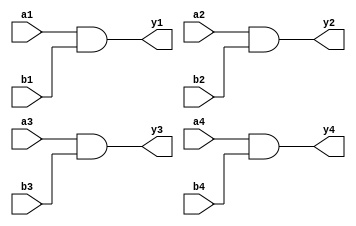
//TTL index
// 08
// 10
// 42
// 74
// 107
// 138
// 139
// 157
// 161
// 163
// 166
// 174
// 175
// 251
// 259
// 273
// 283
// 365
// 366
// 367
// 374

//74LS08 Chip pinout:
/*     _____________
     _|             |_
a1  |_|1          14|_| VCC
     _|             |_                     
b1  |_|2          13|_| a4
     _|             |_
y1  |_|3          12|_| b4
     _|             |_
a2  |_|4          11|_| y4
     _|             |_
b2  |_|5          10|_| a3
     _|             |_
y2  |_|6           9|_| b3
     _|             |_
GND |_|7           8|_| y3
      |_____________|
*/

module ls08
(
	input  a1, a2, a3, a4,
	input  b1, b2, b3, b4,
	output y1, y2, y3, y4
);

assign y1 = a1 & b1;
assign y2 = a2 & b2;
assign y3 = a3 & b3;
assign y4 = a4 & b4;
	
endmodule

//74LS10 Chip pinout:
/*     _____________
     _|             |_
a1  |_|1          14|_| VCC
     _|             |_                     
b1  |_|2          13|_| c1
     _|             |_
a2  |_|3          12|_| y1
     _|             |_
b2  |_|4          11|_| a3
     _|             |_
c2  |_|5          10|_| b3
     _|             |_
y2  |_|6           9|_| c3
     _|             |_
GND |_|7           8|_| y3
      |_____________|
*/

module ls10
(
	input  a1, a2, a3,
	input  b1, b2, b3,
    input  c1, c2, c3,
	output y1, y2, y3
);

  assign y1 = ~(a1 & b1 & c1);
  assign y2 = ~(a2 & b2 & c2);
  assign y3 = ~(a3 & b3 & c3);
	
endmodule

//74LS42 Chip pinout:
/*     _____________
     _|             |_
0   |_|1          16|_| VCC
     _|             |_                     
1   |_|2          15|_| A  input
     _|             |_
2   |_|3          14|_| B  input
     _|             |_
3   |_|4          13|_| C  input
     _|             |_
4   |_|5          12|_| D  input
     _|             |_
5   |_|6          11|_| 9
     _|             |_
6   |_|7          10|_| 8
     _|             |_	 
GND |_|8           9|_| 7
      |_____________|
*/

module ls42
(
    input  [3:0] in,
  output reg [9:0] out
);
  // in = [DCBA]
  // out = [9876543210]
  
  always @ (*)
    case (in)
    	4'b0000: out = 10'b1111111110;
        4'b0001: out = 10'b1111111101;
        4'b0010: out = 10'b1111111011;
        4'b0011: out = 10'b1111110111;
        4'b0100: out = 10'b1111101111;
		4'b0101: out = 10'b1111011111;
        4'b0110: out = 10'b1110111111;
        4'b0111: out = 10'b1101111111;
        4'b1000: out = 10'b1011111111;
        4'b1001: out = 10'b0111111111;
        4'b1010: out = 10'b1111111111;
        4'b1011: out = 10'b1111111111;
        4'b1100: out = 10'b1111111111;
        4'b1101: out = 10'b1111111111;
        4'b1110: out = 10'b1111111111;
        4'b1111: out = 10'b1111111111;      
        default: out = 10'b1111111111;
    endcase
		
endmodule

//74LS74 Chip pinout:
/*        _____________
        _|             |_
n_clr1 |_|1          14|_| VCC
        _|             |_                     
d1     |_|2          13|_| n_clr2
        _|             |_
clk1   |_|3          12|_| d2
        _|             |_
n_pre1 |_|4          11|_| clk2
        _|             |_
q1     |_|5          10|_| n_pre2
        _|             |_
n_q1   |_|6           9|_| q2
        _|             |_
GND    |_|7           8|_| n_q2
         |_____________|
*/

module ls74
(
	input  pre_n,
	input  clr_n,
	input  clk,
	input  d,
	output reg q,
    output q_n
);

always @(posedge clk or negedge pre_n or negedge clr_n) begin
	if(!pre_n)
		q <= 1;
	else if(!clr_n)
		q <= 0;
	else
		q <= d;
end
assign q_n = ~q;

endmodule

module ls74_2
(
	input  pre_n,
	input  clr_n,
	input  clk,
	input  clk_en,
	input  d,
	output reg q,
    output q_n
);

always @(posedge clk or negedge pre_n or negedge clr_n) begin
	if(!pre_n)
		q <= 1;
	else if(!clr_n)
		q <= 0;
	else if(clk_en)
		q <= d;
end
assign q_n = ~q;

endmodule

//74LS107 Chip pinout:
/*     _____________
     _|             |_
1J  |_|1          14|_| VCC
     _|             |_                     
1nQ |_|2          13|_| 1nCLR
     _|             |_
1Q  |_|3          12|_| 1CK
     _|             |_
1K  |_|4          11|_| 2K
     _|             |_
2Q  |_|5          10|_| 2nCLR
     _|             |_
2nQ |_|6           9|_| 2CK
     _|             |_
GND |_|7           8|_| 2J
      |_____________|
*/

module ls107(
   input clr_n, 
   input clk, 
   input j, 
   input k, 
   output reg q, 
   output q_n
);

assign q_n=~q;
  always @(negedge clk or negedge clr_n) begin
	if (!clr_n) q<=1'b0; else
		case ({j, k})
		2'b00: q<=q;
		2'b01: q<=1'b0;
		2'b10: q<=1'b1;
		2'b11: q<=~q;
		endcase
  end
endmodule

//74LS138 Chip pinout
/*      _____________
      _|             |_
A    |_|1          16|_| VCC
      _|             |_                     
B    |_|2          15|_| Y0
      _|             |_
C    |_|3          14|_| Y1
      _|             |_
G_n2A|_|4          13|_| Y2
      _|             |_
G_n2B|_|5          12|_| Y3
      _|             |_
G1   |_|6          11|_| Y4
      _|             |_
Y7   |_|7          10|_| Y5
      _|             |_
GND  |_|8           9|_| Y6
       |_____________|
*/

module ls138 
(
  input G_n2A,
  input G_n2B,
  input G1,
  input [2:0] A,
  output reg [7:0] Y
);

  always @ (G_n2A,G_n2B,G1,A)
        begin
          if (!G_n2A && !G_n2B && G1) begin
            case (A)
              3'b000: Y[7:0]=8'b11111110;
              3'b001: Y[7:0]=8'b11111101;   
              3'b010: Y[7:0]=8'b11111011;
              3'b011: Y[7:0]=8'b11110111;    
              3'b100: Y[7:0]=8'b11101111;
              3'b101: Y[7:0]=8'b11011111;
              3'b110: Y[7:0]=8'b10111111;
              3'b111: Y[7:0]=8'b01111111;           
              default: Y[7:0]=8'bZZZZZZZZ;
        	endcase
          end else begin
            Y[7:0]=8'b11111111;
          end
		end
endmodule

//74LS139 Chip pinout:
/*      _____________
      _|             |_
1n_G |_|1          16|_| VCC
      _|             |_                     
1A   |_|2          15|_| 2n_G
      _|             |_
1B   |_|3          14|_| 2A
      _|             |_
1Y0  |_|4          13|_| 2B
      _|             |_
1Y1  |_|5          12|_| 2Y0
      _|             |_
1Y2  |_|6          11|_| 2Y1
      _|             |_
1Y3  |_|7          10|_| 2Y2
      _|             |_
GND  |_|8           9|_| 2Y3
       |_____________|
*/

module ls139
(
	input  		 a,
    input  		 b,
  	input  		 g_n,
  	output [3:0] y
);

  assign y = (!g_n && !a && !b) ? 4'b1110:
    (!g_n && a && !b)  ? 4'b1101:
    (!g_n && !a && b)  ? 4'b1011:
    (!g_n && a && b)   ? 4'b0111:
	4'b1111;
		
endmodule

//74LS157 Chip pinout:
/*       _____________
       _|             |_
s     |_|1          16|_| VCC
       _|             |_                     
i0(0) |_|2          15|_| e_n
       _|             |_
i1(0) |_|3          14|_| i0(2)
       _|             |_
z(0)  |_|4          13|_| i1(2)
       _|             |_
i0(1) |_|5          12|_| z(2)
       _|             |_
i1(1) |_|6          11|_| i0(3)
       _|             |_
z(1)  |_|7          10|_| i1(3)
       _|             |_
GND   |_|8           9|_| z(3)
        |_____________|
*/

module ls157 
(
	input  [3:0] i0,
	input  [3:0] i1,
	input        e_n,
	input        s,
	output [3:0] z
);

assign z = (!e_n && !s) ? i0:
	(!e_n && s)     ? i1:
	4'b0000;	
	
endmodule

//74LS161 Chip pinout:
/*        _____________
        _|             |_
clr_n  |_|1          16|_| VCC
        _|             |_                     
clk    |_|2          15|_| rco
        _|             |_
din(0) |_|3          14|_| q(0)
        _|             |_
din(1) |_|4          13|_| q(1)
        _|             |_
din(2) |_|5          12|_| q(2)
        _|             |_
din(3) |_|6          11|_| q(3)
        _|             |_
enp    |_|7          10|_| ent
        _|             |_
GND    |_|8           9|_| load_n
         |_____________|
*/

module ls161 //asynchronous reset/clear
(
	input        clr_n,
	input        clk,
	input  [3:0] din,
	input        enp, ent,
	input        load_n,
	output [3:0] q,
	output       rco
);

  reg [3:0] data = 4'b0;

always @(posedge clk or negedge clr_n) begin
	if(!clr_n)
		data <= 4'd0;
	else
		if(!load_n)
			data <= din;
		else if(enp && ent)
			data <= data + 4'd1;
end

assign q = data;
assign rco = data[0] & data[1] & data[2] & data[3] & ent;

endmodule

module ls161_2 //asynchronous reset/clear
(
	input        clr_n,
	input        clk,
	input        clk_en,	
	input  [3:0] din,
	input        enp, ent,
	input        load_n,
	output [3:0] q,
	output       rco
);

  reg [3:0] data = 4'b0;

always @(posedge clk or negedge clr_n) begin
	if(!clr_n)
		data <= 4'd0;
	else if (clk_en)
		if(!load_n)
			data <= din;
		else if(enp && ent)
			data <= data + 4'd1;
end

assign q = data;
assign rco = data[0] & data[1] & data[2] & data[3] & ent;

endmodule

//74LS163 Chip pinout:
/*        _____________
        _|             |_
n_clr  |_|1          16|_| VCC
        _|             |_                     
clk    |_|2          15|_| rco
        _|             |_
din(0) |_|3          14|_| q(0)
        _|             |_
din(1) |_|4          13|_| q(1)
        _|             |_
din(2) |_|5          12|_| q(2)
        _|             |_
din(3) |_|6          11|_| q(3)
        _|             |_
enp    |_|7          10|_| ent
        _|             |_
GND    |_|8           9|_| n_load
         |_____________|
*/

module ls163 //synchronous reset/clear
(
	input        n_clr,
	input        clk,
	input  [3:0] din,
	input        enp, ent,
	input        n_load,
	output [3:0] q,
	output       rco
);

  reg [3:0] data = 4'b0;

always @(posedge clk) begin
	if(!n_clr)
		data <= 4'd0;
	else
		if(!n_load)
			data <= din;
		else if(enp && ent)
			data <= data + 4'd1;
end

assign q = data;
assign rco = data[0] & data[1] & data[2] & data[3] & ent;

endmodule

//74LS164 Chip pinout:
/*            _____________
            _|             |_
serial in A|_|1          14|_| VCC
            _|             |_                     
serial in B|_|2          13|_| parra out H
            _|             |_
parra out A|_|3          12|_| parra out G
            _|             |_
parra out B|_|4          11|_| parra out F
            _|             |_
parra out C|_|5          10|_| parra out E
            _|             |_
parra out D|_|6           9|_| clr_n
            _|             |_
GND        |_|7           8|_| clk
             |_____________|
*/

module ls164
(
	input clr_n,
    input clk,
  	input [1:0] in,
    output reg [7:0] out	
);

reg [7:0]tmp = 8'b00000000;
wire in_and = (in[0] & in[1]);
  
always @(posedge clk or negedge clr_n)
if (!clr_n)
	out = 8'b00000001;//forced state
else
begin
  tmp = out<<1;
  out = {tmp[7:1],in_and};
end

endmodule

//74LS165 Chip pinout: NOT FULLY FUNCTIONAL (SAME AS 166 without CLEAR)
/*            _____________
            _|             |_
serial inp |_|1          16|_| VCC
            _|             |_                     
CLK        |_|2          15|_| CLK inhibit
            _|             |_
parra in E |_|3          14|_| parra in D
            _|             |_
parra in F |_|4          13|_| parra in C
            _|             |_
parra in G |_|5          12|_| parra in B
            _|             |_
parra in H |_|6          11|_| parra in A
            _|             |_
ser out_n  |_|7          10|_| serial input
            _|             |_
GND        |_|8           9|_| serial out
             |_____________|
*/

module ls165
(
    input clk,
    input load,
  	input [7:0] in,
    output out	
);
  
reg [7:0]tmp;

always @(posedge clk)
begin
	if (!load)
		tmp <= in;
	else
		tmp <= {tmp[6:0], 1'b0};
end
assign out = tmp[7];

endmodule

module ls165_2
(
    input clk,
    input clk_en,
    input load,
  	input [7:0] in,
    output out	
);
  
reg [7:0]tmp;

always @(posedge clk) begin
	if (clk_en)
		if (!load)
			tmp <= in;
		else
			tmp <= {tmp[6:0], 1'b0};
end
assign out = tmp[7];

endmodule

//74LS166 Chip pinout: NOT FULLY FUNCTIONAL
/*            _____________
            _|             |_
serial inp |_|1          16|_| VCC
            _|             |_                     
parra in A |_|2          15|_| shift/load
            _|             |_
parra in B |_|3          14|_| parra in H
            _|             |_
parra in C |_|4          13|_| serial output
            _|             |_
parra in D |_|5          12|_| parra in G
            _|             |_
CLK inhibit|_|6          11|_| parra in F
            _|             |_
CLK        |_|7          10|_| parra in E
            _|             |_
GND        |_|8           9|_| clear
             |_____________|
*/

module ls166
(
    input clk,
    input load,
  	input [7:0] in,
    output out	
);
  
reg [7:0]tmp;

always @(posedge clk)
begin
	if (!load)
		tmp <= in;
	else
		tmp <= {tmp[6:0], 1'b0};
end
assign out = tmp[7];

endmodule

//74LS174 Chip pinout:
/*      _____________
      _|             |_
mr   |_|1          16|_| VCC
      _|             |_                     
q(0) |_|2          15|_| q(5)
      _|             |_
d(0) |_|3          14|_| d(5)
      _|             |_
d(1) |_|4          13|_| d(4)
      _|             |_
q(1) |_|5          12|_| q(4)
      _|             |_
d(2) |_|6          11|_| d(3)
      _|             |_
q(2) |_|7          10|_| q(3)
      _|             |_
GND  |_|8           9|_| clk
       |_____________|
*/

module ls174 
(
	input  [5:0] d,
	input        clk,
	input        mr,
	output reg [5:0] q
);

always @(posedge clk or negedge mr) begin
	if(!mr)
		q <= 6'b000000;
	else
		q <= d;
end

endmodule

//74LS175 Chip pinout:
/*      _____________
      _|             |_
clr_n|_|1          16|_| VCC
      _|             |_                     
q1   |_|2          15|_| q4
      _|             |_
q1_n |_|3          14|_| q4_n
      _|             |_
d1   |_|4          13|_| d4
      _|             |_
d2   |_|5          12|_| d3
      _|             |_
q2_n |_|6          11|_| q3_n
      _|             |_
q2   |_|7          10|_| q3
      _|             |_
GND  |_|8           9|_| clk
       |_____________|
*/

module ls175 
(
	input  [3:0] d,
	input        clk,
	input        clr_n,
	output reg [3:0] q,
    output [3:0] q_n
);

always @(posedge clk or negedge clr_n) begin
	if(!clr_n)
		q <= 4'b0000;
	else
		q <= d;
end
assign q_n = ~q;

endmodule

//74LS251 Chip pinout:
/*       _____________  
       _|             |_
 D(3) |_|1          16|_| VCC
       _|             |_
 D(2) |_|2          15|_| D(4)
       _|             |_
 D(1) |_|3          14|_| D(5)
       _|             |_
 D(0) |_|4          13|_| D(6)
       _|             |_
   Y  |_|5          12|_| D(7)
       _|             |_
   W  |_|6          11|_| A
       _|             |_
   S  |_|7          10|_| B
       _|             |_
  GND |_|8           9|_| C
        |_____________|
*/

module ls251
(
  	input  [2:0] CBA,
  	input		 s,
  	input  [7:0] D,
	output reg 	 Y,W
);

  always @ (CBA,s)
        begin
          if (!s) begin
          	case (CBA)
            	3'b000: Y=D[0];
            	3'b001: Y=D[1];    
            	3'b010: Y=D[2];    
            	3'b011: Y=D[3];    
            	3'b100: Y=D[4];
            	3'b101: Y=D[5];
            	3'b110: Y=D[6];
            	3'b111: Y=D[7];            
          		default: Y=1'bZ;
        	endcase
            W <=!Y;
          end
  		  else begin
        		Y <= 1'bZ;
            	W <= 1'bZ;
    	  end
	end
endmodule

//74LS259 Chip pinout: //check if enable is active low
/*       _____________  
       _|             |_
 A    |_|1          16|_| VCC
       _|             |_
 B    |_|2          15|_| Cl
       _|             |_
 C    |_|3          14|_| En
       _|             |_
 Q0   |_|4          13|_| Din
       _|             |_
 Q1   |_|5          12|_| Q7
       _|             |_
 Q2   |_|6          11|_| Q6
       _|             |_
 Q3   |_|7          10|_| Q5
       _|             |_
  GND |_|8           9|_| Q4
        |_____________|
*/

module ls259
(
  	input  [2:0] A,
  	input		 E_n,
    input		 C_n,
  	input  		 D,
  	output reg [7:0] Q
);

    always @ (E_n,C_n,D)
        begin
          if (!C_n && E_n) begin
            Q[7:0] <= 8'b00000000;
          end
          else if (!C_n && !E_n && !D) begin
            Q[7:0] <= 8'b00000000;
          end
          else if (!C_n && !E_n && D) begin
            case (A)
              3'b000: Q[7:0]=8'b00000001;
              3'b001: Q[7:0]=8'b00000010;   
              3'b010: Q[7:0]=8'b00000100;
              3'b011: Q[7:0]=8'b00001000;    
              3'b100: Q[7:0]=8'b00010000;
              3'b101: Q[7:0]=8'b00100000;
              3'b110: Q[7:0]=8'b01000000;
              3'b111: Q[7:0]=8'b10000000;           
              default: Q[7:0]=8'bZZZZZZZZ;
        	endcase
          end
          else if (C_n && E_n) begin
          //no change
          end
          else if (C_n && !E_n) begin
            case (A)
              3'b000: Q[0]=D;
              3'b001: Q[1]=D;    
              3'b010: Q[2]=D;    
              3'b011: Q[3]=D;    
              3'b100: Q[4]=D;
              3'b101: Q[5]=D;
              3'b110: Q[6]=D;
              3'b111: Q[7]=D;            
              default: Q[7:0]=8'bZZZZZZZZ;
        	endcase          
          end
		end
endmodule

//74LS273 Chip pinout:
/*      _____________
      _|             |_
res  |_|1          20|_| VCC
      _|             |_                     
q(0) |_|2          19|_| q(7)
      _|             |_
d(0) |_|3          18|_| d(7)
      _|             |_
d(1) |_|4          17|_| d(6)
      _|             |_
q(1) |_|5          16|_| q(6)
      _|             |_
q(2) |_|6          15|_| q(5)
      _|             |_
d(2) |_|7          14|_| d(5)
      _|             |_
d(3) |_|8          13|_| d(4)
      _|             |_
q(3) |_|9          12|_| q(4)
      _|             |_
GND  |_|10         11|_| clk
       |_____________|
*/

module ls273
(
	input  [7:0] d,
	input        clk,
	input        res,
	output reg [7:0] q
);

always @(posedge clk or negedge res) begin
	if(!res)
		q <= 8'h00;
	else
		q <= d;
end

endmodule

//74LS283 Chip pinout:
/*        _____________
        _|             |_
sum(1) |_|1          16|_| VCC
        _|             |_                     
b(1)   |_|2          15|_| b(2)
        _|             |_
a(1)   |_|3          14|_| a(2)
        _|             |_
sum(0) |_|4          13|_| sum(2)
        _|             |_
a(0)   |_|5          12|_| a(3)
        _|             |_
b(0)   |_|6          11|_| b(3)
        _|             |_
c_in   |_|7          10|_| sum(3)
        _|             |_
GND    |_|8           9|_| c_out
         |_____________|
*/

module ls283
(
	input  [3:0] a,
	input  [3:0] b,
	input        c_in,
	output [3:0] sum,
	output       c_out
);

wire [4:0] sum_int;

assign sum_int = {1'b0, a} + {1'b0, b} + {4'b0000, c_in};
assign sum = sum_int[3:0];
assign c_out = sum_int[4];

endmodule

//74LS365 Chip pinout:
/*        _____________
        _|             |_
oe1_n  |_|1          16|_| VCC
        _|             |_                     
1A     |_|2          15|_| oe2_n
        _|             |_
1Y     |_|3          14|_| 6A
        _|             |_
2A     |_|4          13|_| 6Y
        _|             |_
2Y     |_|5          12|_| 5A
        _|             |_
3A     |_|6          11|_| 5Y
        _|             |_
3Y     |_|7          10|_| 4A
        _|             |_
GND    |_|8           9|_| 4Y
         |_____________|
*/

module ls365
(
	input  oe1_n, oe2_n,
	input  [5:0] a,
	output reg [5:0] y
);

always @(*) begin
	if(!oe1_n && !oe2_n)
		y <= a;
	else
		y <= 6'bZZZZZZ;
end

endmodule

//74LS366 Chip pinout:
/*        _____________
        _|             |_
oe1_n  |_|1          16|_| VCC
        _|             |_                     
1A     |_|2          15|_| oe2_n
        _|             |_
1Y     |_|3          14|_| 6A
        _|             |_
2A     |_|4          13|_| 6Y
        _|             |_
2Y     |_|5          12|_| 5A
        _|             |_
3A     |_|6          11|_| 5Y
        _|             |_
3Y     |_|7          10|_| 4A
        _|             |_
GND    |_|8           9|_| 4Y
         |_____________|
*/

module ls366
(
	input  oe1_n, oe2_n,
	input  [5:0] a,
	output reg [5:0] y
);

always @(*) begin
	if(!oe1_n && !oe2_n)
		y <= ~a;
	else
		y <= 6'bZZZZZZ;
end

endmodule

//74LS367 Chip pinout:
/*        _____________
        _|             |_
oe1_n  |_|1          16|_| VCC
        _|             |_                     
1A     |_|2          15|_| oe2_n
        _|             |_
1Y     |_|3          14|_| 6A
        _|             |_
2A     |_|4          13|_| 6Y
        _|             |_
2Y     |_|5          12|_| 5A
        _|             |_
3A     |_|6          11|_| 5Y
        _|             |_
3Y     |_|7          10|_| 4A
        _|             |_
GND    |_|8           9|_| 4Y
         |_____________|
*/

module ls367
(
	input  oe1_n, oe2_n,
	input  [5:0] a,
	output reg [5:0] y
);

always @(*) begin
	if(!oe1_n)
		y[3:0] <= a[3:0];
	else
		y [3:0]<= 4'bZZZZ;
	if(!oe2_n)
		y[5:4] <= a[5:4];
	else
		y [5:4]<= 2'bZZ;
end

endmodule

//74LS374 Chip pinout:
/*        _____________
        _|             |_
oe_n   |_|1          20|_| VCC
        _|             |_                     
1Q     |_|2          19|_| 8Q
        _|             |_
1D     |_|3          18|_| 8D
        _|             |_
2D     |_|4          17|_| 7D
        _|             |_
2Q     |_|5          16|_| 7Q
        _|             |_
3Q     |_|6          15|_| 6Q
        _|             |_
3D     |_|7          14|_| 6D
        _|             |_
4D     |_|8          13|_| 5D
        _|             |_
4Q     |_|9          12|_| 5Q
        _|             |_
GND    |_|10         11|_| clk
         |_____________|
*/

module ls374
(
	input  oe_n,
	input  clk,
	input  [7:0] d,
	output reg [7:0] q
);

always @(posedge clk or posedge oe_n) begin
	if(oe_n)
		q <= 8'bZZZZZZZZ;
	else
		q <= d;
end

endmodule